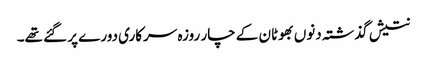
نتیش گذشتہ دنوں بھوٹان کے چار روزہ سرکاری دورے پر گئے تھے۔